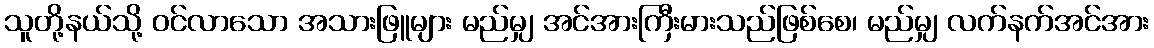
သူတို့နယ်သို့ ဝင်လာသော အသားဖြူများ မည်မျှ အင်အားကြီးမားသည်ဖြစ်စေ၊ မည်မျှ လက်နက်အင်အား